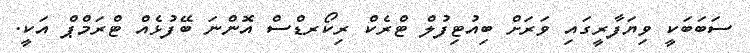
ސަބަބަކީ ވިޔަފާރީގައި ވަރަށް ބިއުޓިފުލް ޓްރެކް ރިކޯރޑްސް އޮންނަ ބޭފުޅެއް ޓްރަމްޕް އަކީ.